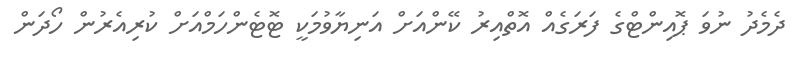
ދެމެދު ނުވަ ޕޮއިންޓްގެ ފަރަގެއް އޮތްއިރު ކޭންއަށް އަނިޔާވުމަކީ ޓޮޓެންހަމްއަށް ކުރިއެރުން ހޯދަން